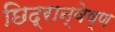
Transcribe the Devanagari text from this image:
छिद्रान्वेष्ण